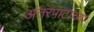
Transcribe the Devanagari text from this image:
अंतरपाटाच्या